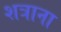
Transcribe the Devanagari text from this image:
शत्राना